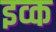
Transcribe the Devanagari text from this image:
इव्क